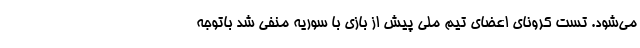
می‌شود. تست کرونای اعضای تیم ملی پیش از بازی با سوریه منفی شد باتوجه